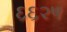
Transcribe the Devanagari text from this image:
६६२५